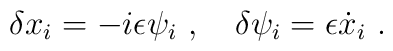
\delta x_i=-i\epsilon\psi_i\ ,\quad \delta\psi_i=\epsilon{\dot x}_i \ .